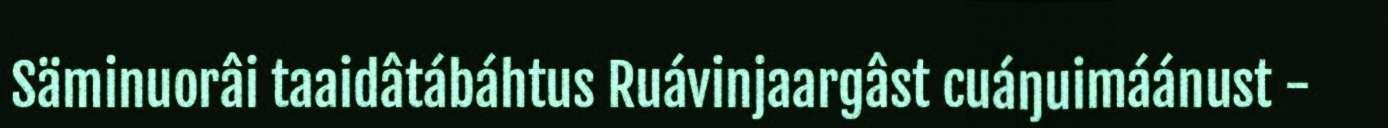
Säminuorâi taaidâtábáhtus Ruávinjaargâst cuáŋuimáánust -